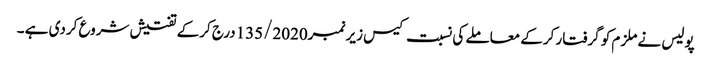
پولیس نے ملزم کو گرفتار کرکے معاملے کی نسبت کیس زیر نمبر135/2020درج کرکے تفتیش شروع کردی ہے ۔